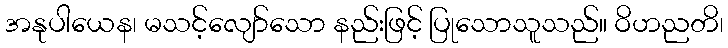
အနုပါယေန၊ မသင့်လျော်သော နည်းဖြင့် ပြုသောသူသည်။ ဝိဟညတိ၊